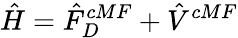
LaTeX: \hat{H}=\hat{F}_{D}^{cMF}+\hat{V}^{cMF}